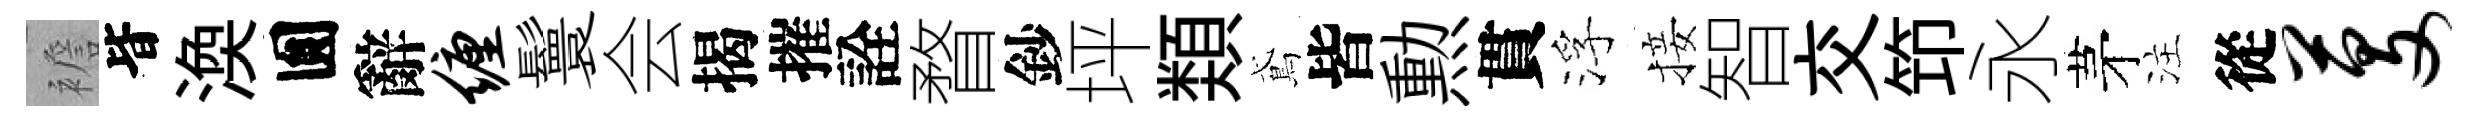
襜𣅜渙圎辭缠鬟会揭摧詮瞀鈔坪𩔖鳶皆勲貫浮接智交笻永茅注從芟